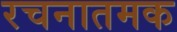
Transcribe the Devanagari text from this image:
रचनातमक